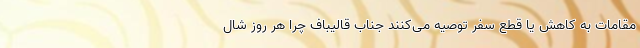
مقامات به کاهش یا قطع سفر توصیه می‌کنند جناب قالیباف چرا هر روز شال